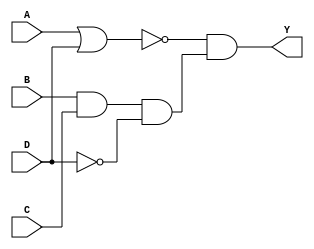

module comb_behavior(Y, A, B, C, D);
    
  //
  output reg Y;
  input  A, B, C, D;
  
  always@(*)
    Y = (~(A | D)) &    //
        (B & C & (~D)); //
    
endmodule